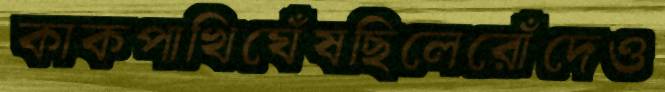
কাকপাখিঘেঁষছিলেরোঁদেও